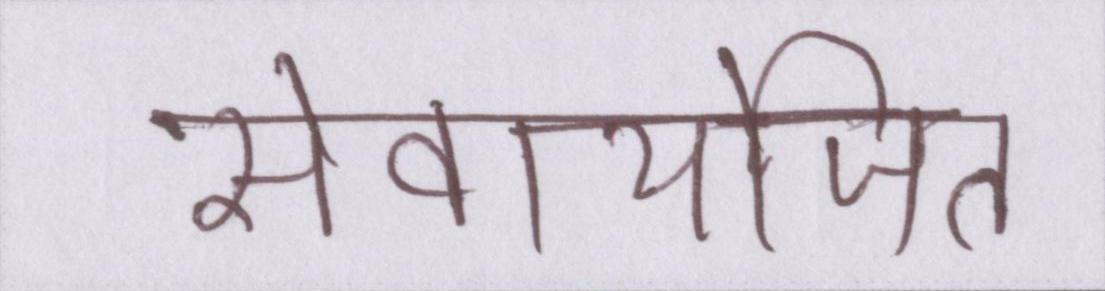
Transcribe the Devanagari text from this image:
सेवायोजित